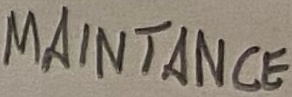
Text: MAINTANCE